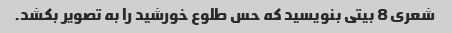
شعری 8 بیتی بنویسید که حس طلوع خورشید را به تصویر بکشد.